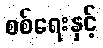
စစ်ရေးနှင့်